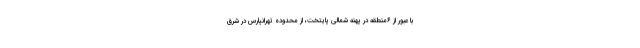
با عبور از ۶منطقه در پهنه شمالی پایتخت، از محدوده تهرانپارس در شرق